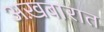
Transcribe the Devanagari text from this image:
अख़बारात